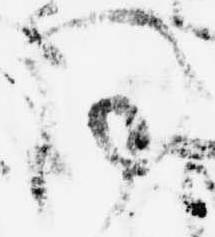
同